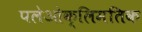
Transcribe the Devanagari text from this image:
पलेओक्लिमतिक